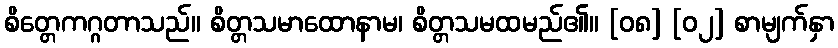
စိတ္တေကဂ္ဂတာသည်။ စိတ္တသမာထောနာမ၊ စိတ္တသမထမည်၏။ [၀၈] [၀၂] စာမျက်နှာ